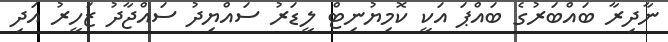
ނާދިރާ ބައްބަރުގެ ބައްޕަ އަކީ ކޮމިޔުނިޓް ލީޑަރު ސައްޔިދު ސައްޖާދު ޒަހީރު އަދި